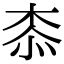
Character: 𣑰